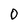
Character: 0